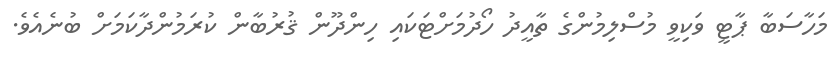
މަހާސަބާ ޕާޓީ ވަކިވީ މުސްލިމުންގެ ތާއީދު ހޯދުމަށްޓަކައި ހިންދޫން ޤުރުބާން ކުރަމުންދާކަމަށް ބުނެއެވެ.